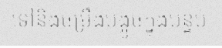
ទៅនិងចម្រឹងបង្អូចក្នុងបន្ទប់